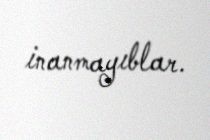
inanmayıblar.